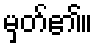
မှတ်၏။